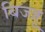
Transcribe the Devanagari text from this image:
बिज्‍जू